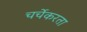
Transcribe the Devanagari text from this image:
चर्चेकरता